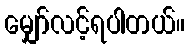
မျှော်လင့်ရပါတယ်။